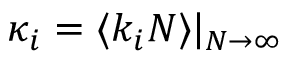
\kappa _ { i } = \langle k _ { i } N \rangle | _ { N \to \infty }